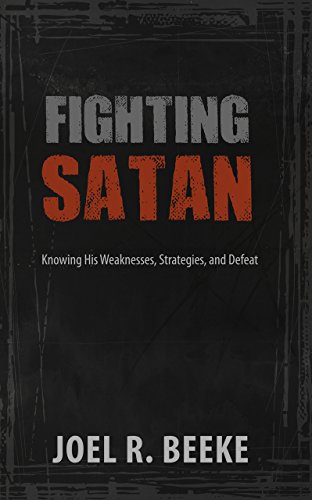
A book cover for Fighting Satan: Knowing His Weaknesses, Strategies, and Defeat; Joel R. Beeke; Christian Books & Bibles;